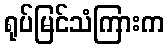
ရုပ်မြင်သံကြားက